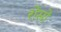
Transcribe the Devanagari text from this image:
शेसो